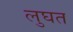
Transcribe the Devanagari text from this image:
लुघत